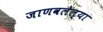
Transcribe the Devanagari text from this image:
जाणवलेल्या